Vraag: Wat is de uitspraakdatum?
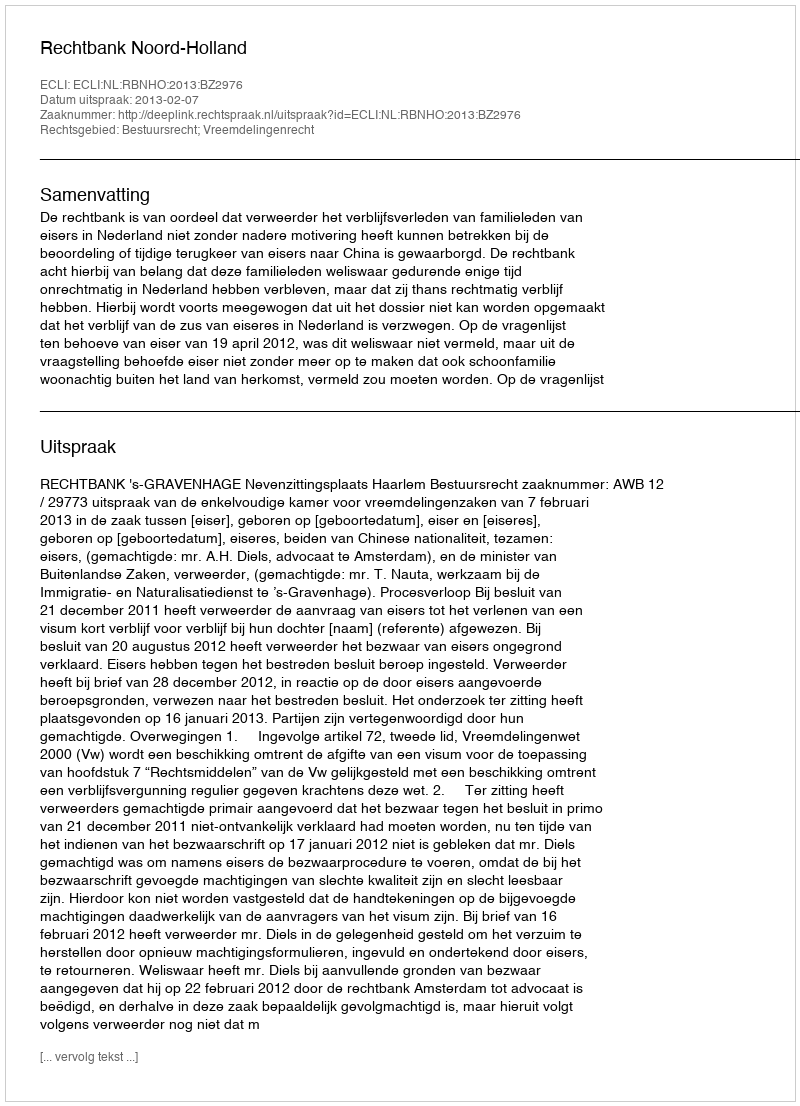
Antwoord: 2013-02-07